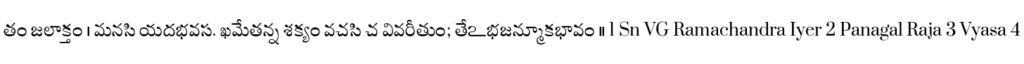
తం జలాక్తం । మనసి యదభవస. ఖమేతన్న శక్యం వచసి చ వివరీతుం; తేఽభజన్మూకభావం ।। 1 Sn VG Ramachandra Iyer 2 Panagal Raja 3 Vyasa 4